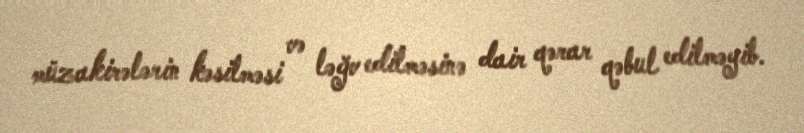
müzakirələrin kəsilməsi və ləğv edilməsinə dair qərar qəbul edilməyib.